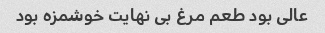
عالی بود طعم مرغ بی نهایت خوشمزه بود